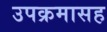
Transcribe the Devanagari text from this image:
उपक्रमासह